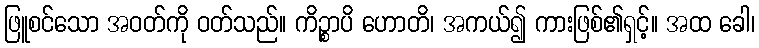
ဖြူစင်သော အဝတ်ကို ဝတ်သည်။ ကိဉ္စာပိ ဟောတိ၊ အကယ်၍ ကားဖြစ်၏ရှင့်။ အထ ခေါ၊